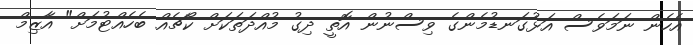
އެހެން ނަމަވެސް އަޅުގަނޑުމެންގެ ވިސްނުން އޮތީ ދިގު މުއްދަތަކަށް ކޯޗެއް ބެހެއްޓުމަށް" އާޒިމް